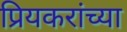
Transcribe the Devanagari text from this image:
प्रियकरांच्या